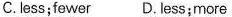
C.less;fewer D. Less;more